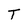
Character: T